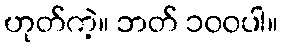
ဟုတ်ကဲ့။ ဘတ် ၁၀၀ပါ။